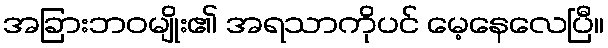
အခြားဘဝမျိုး၏ အရသာကိုပင် မေ့နေလေပြီ။